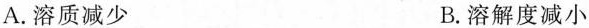
A.溶质减少 B.溶解度减小